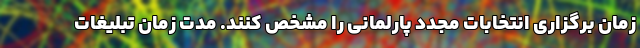
زمان برگزاری انتخابات مجدد پارلمانی را مشخص کنند. مدت زمان تبلیغات